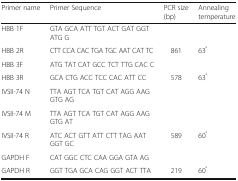
<table><thead><tr><td><b>Primer name</b></td><td><b>Primer Sequence</b></td><td><b>PCR size (bp)</b></td><td><b>Annealing temperature</b></td></tr></thead><tbody><tr><td>HBB 1F</td><td>GTA GCA ATT TGT ACT GAT GGT ATG G</td><td></td><td></td></tr><tr><td>HBB 2R</td><td>CTT CCA CAC TGA TGC AAT CAT TC</td><td>861</td><td>63<sup>°</sup></td></tr><tr><td>HBB 3F</td><td>ATG TAT CAT GCC TCT TTG CAC C</td><td></td><td></td></tr><tr><td>HBB 3R</td><td>GCA CTG ACC TCC CAC ATT CC</td><td>578</td><td>63<sup>°</sup></td></tr><tr><td>IVSII-74 N</td><td>TTA AGT TCA TGT CAT AGG AAG GTG AG</td><td></td><td></td></tr><tr><td>IVSII-74 M</td><td>TTA AGT TCA TGT CAT AGG AAG GTG AT</td><td></td><td></td></tr><tr><td>IVSII-74 R</td><td>ATC ACT GTT ATT CTT TAG AAT GGT GC</td><td>589</td><td>60<sup>°</sup></td></tr><tr><td>GAPDH F</td><td>CAT GGC CTC CAA GGA GTA AG</td><td></td><td></td></tr><tr><td>GAPDH R</td><td>GGT TGA GCA CAG GGT ACT TTA</td><td>219</td><td>60<sup>°</sup></td></tr></tbody></table>